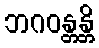
ဘဂဝန္တန္တိ